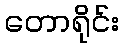
တောရိုင်း